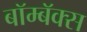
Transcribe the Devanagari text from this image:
बॉम्बॅक्स